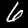
Label: 6